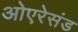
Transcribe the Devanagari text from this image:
ओएरेसंड